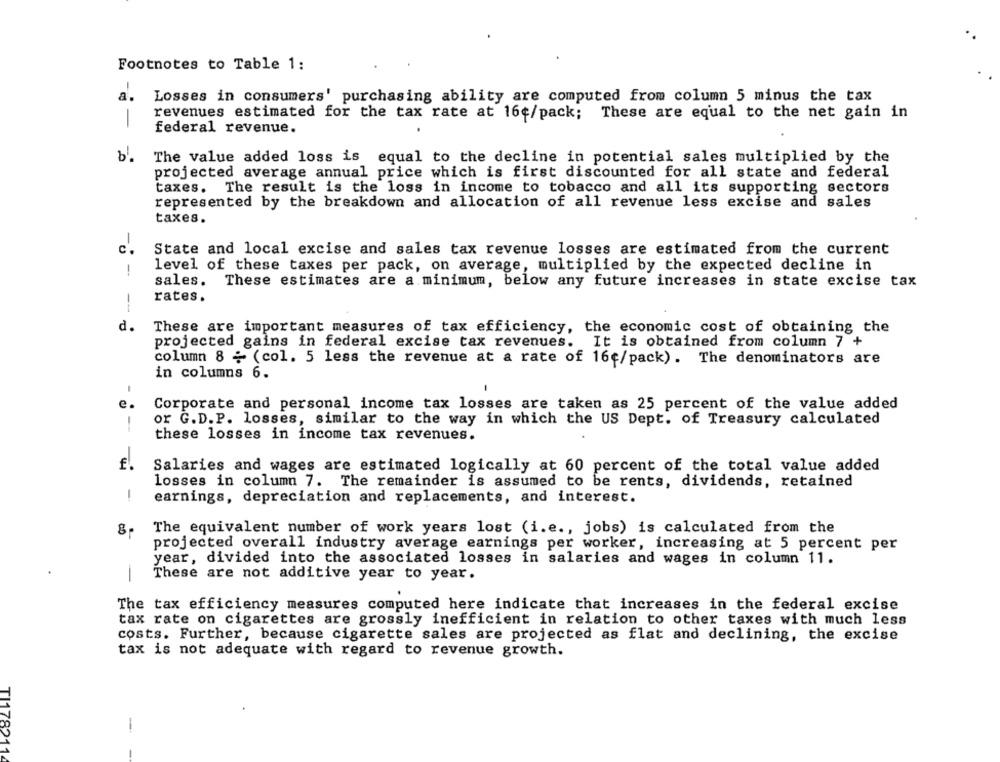
Footnotes to Table 1:
a
Losses in consumers' purchasing ability are computed from column 5 minus the tax
revenues estimated for the tax rate at 16¢/pack; These are equal to the net gain in
-
federal revenue.
The value added loss is equal to the decline in potential sales multiplied by the
projected average annual price which is first discounted for all state and federal
taxes. The result is the loss in income to tobacco and all its supporting sectors
represented by the breakdown and allocation of all revenue less excise and sales
taxes.
-
c.
State and local excise and sales tax revenue losses are estimated from the current
!
level of these taxes per pack, on average, multiplied by the expected decline in
sales. These estimates are a minimum, below any future increases in state excise tax
rates.
--
d.
These are important measures of tax efficiency, the economic cost of obtaining the
projected gains in federal excise tax revenues.
It is obtained from column 7 +
column 8 - (col. 5 less the revenue at a rate of 16€/pack). The denominators are
in columns 6.
-
-
e
Corporate and personal income tax losses are taken as 25 percent of the value added
or G.D.P. losses, similar to the way in which the US Dept. of Treasury calculated
these losses in income tax revenues.
€.
Salaries and wages are estimated logically at 60 percent of the total value added
losses in column 7. The remainder is assumed to be rents, dividends, retained
-
earnings, depreciation and replacements, and interest.
00
The equivalent number of work years lost (i.e ., jobs) is calculated from the
projected overall industry average earnings per worker, increasing at 5 percent per
year, divided into the associated losses in salaries and wages in column 11.
These are not additive year to year.
The tax efficiency measures computed here indicate that increases in the federal excise
tax rate on cigarettes are grossly inefficient in relation to other taxes with much less
costs. Further, because cigarette sales are projected as flat and declining, the excise
tax is not adequate with regard to revenue growth.
-
TI178211
-